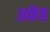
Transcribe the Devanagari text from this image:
अकेह